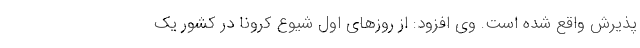
پذیرش واقع شده است. وی افزود: از روزهای اول شیوع کرونا در کشور یک